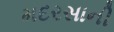
મદરસાની